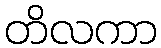
တိလကာ